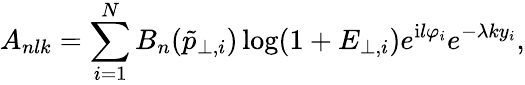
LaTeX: A_{nlk}=\sum_{i=1}^{N}B_{n}(\tilde{p}_{\perp,i})\log(1+E_{\perp,i})e^{\mathrm{i}l\varphi_{i}}e^{-\lambda ky_{i}},